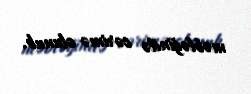
məbləğində cərimə olunub.